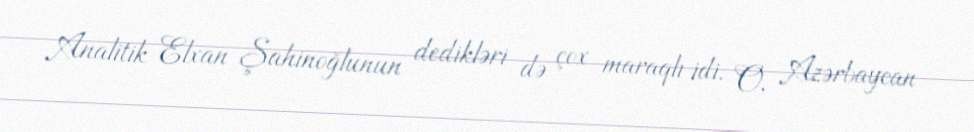
Analitik Elxan Şahinoğlunun dedikləri də çox maraqlı idi. O, Azərbaycan